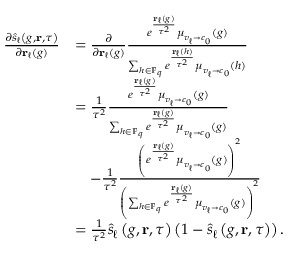
\begin{array} { r l } { \frac { \partial \hat { s } _ { \ell } \left( g , \ensuremath { \mathbf { r } } , \tau \right) } { \partial \ensuremath { \mathbf { r } } _ { \ell } ( g ) } } & { = \frac { \partial } { \partial \ensuremath { \mathbf { r } } _ { \ell } ( g ) } \frac { e ^ { \frac { \ensuremath { \mathbf { r } } _ { \ell } ( g ) } { \tau ^ { 2 } } } \boldsymbol { \mu } _ { v _ { \ell } \to c _ { 0 } } ( g ) } { \sum _ { h \in \mathbb { F } _ { q } } e ^ { \frac { \ensuremath { \mathbf { r } } _ { \ell } ( h ) } { \tau ^ { 2 } } } \boldsymbol { \mu } _ { v _ { \ell } \to c _ { 0 } } ( h ) } } \\ & { = \frac { 1 } { \tau ^ { 2 } } \frac { e ^ { \frac { \ensuremath { \mathbf { r } } _ { \ell } ( g ) } { \tau ^ { 2 } } } \boldsymbol { \mu } _ { v _ { \ell } \to c _ { 0 } } ( g ) } { \sum _ { h \in \mathbb { F } _ { q } } e ^ { \frac { \ensuremath { \mathbf { r } } _ { \ell } ( g ) } { \tau ^ { 2 } } } \boldsymbol { \mu } _ { v _ { \ell } \to c _ { 0 } } ( g ) } } \\ & { \quad - \frac { 1 } { \tau ^ { 2 } } \frac { \left( e ^ { \frac { \ensuremath { \mathbf { r } } _ { \ell } ( g ) } { \tau ^ { 2 } } } \boldsymbol { \mu } _ { v _ { \ell } \to c _ { 0 } } ( g ) \right) ^ { 2 } } { \left( \sum _ { h \in \mathbb { F } _ { q } } e ^ { \frac { \ensuremath { \mathbf { r } } _ { \ell } ( g ) } { \tau ^ { 2 } } } \boldsymbol { \mu } _ { v _ { \ell } \to c _ { 0 } } ( g ) \right) ^ { 2 } } } \\ & { = \frac { 1 } { \tau ^ { 2 } } \hat { s } _ { \ell } \left( g , \ensuremath { \mathbf { r } } , \tau \right) \left( 1 - \hat { s } _ { \ell } \left( g , \ensuremath { \mathbf { r } } , \tau \right) \right) . } \end{array}